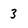
Character: 3